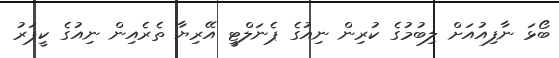
ބޯޅަ ނާފިއުއަށް ލިބުމުގެ ކުރިން ނިއުގެ ޕެނަލްޓީ އޭރިޔާ ތެރެއިން ނިއުގެ ކީޕަރު